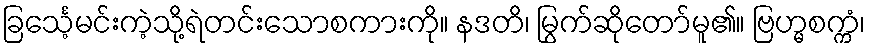
ခြင်္သေ့မင်းကဲ့သို့ရဲတင်းသောစကားကို။ နဒတိ၊ မြွက်ဆိုတော်မူ၏။ ဗြဟ္မစက္ကံ၊